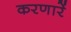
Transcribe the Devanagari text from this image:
करणारें